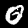
Label: 0